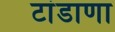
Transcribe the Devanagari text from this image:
टांडाणा